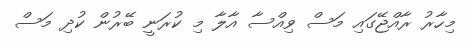
މިހާރު ރާއްޖޭގައި މަސް ވިއްސާ އާލާ މި ކުރަނީ ބޭރުން ކުދި މަސް